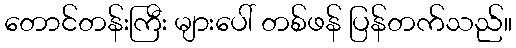
တောင်တန်းကြီး များပေါ် တစ်ဖန် ပြန်တက်သည်။